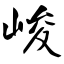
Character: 峻